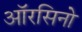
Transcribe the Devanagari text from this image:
ऑरसिनो